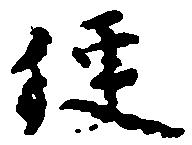
便